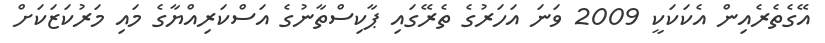
އޭގެތެރެއިން އެކަކަކީ 2009 ވަނަ އަހަރުގެ ތެރޭގައި ޕާކިސްތާނުގެ އަސްކަރިއްޔާގެ މައި މަރުކަޒަކަށް